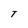
Character: T